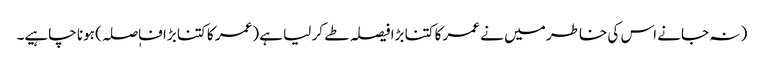
( نہ جانے اس کی خاطر میں نے عمر کا کتنا بڑا فیصلہ طے کر لیا ہے (عمر کا کتنا بڑا فاٖصلہ) ہونا چاہیے۔